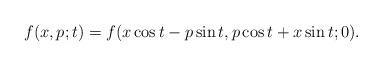
LaTeX: \begin{align*}f(x,p;t)=f(x \cos t - p \sin t, p \cos t + x \sin t ;0). \end{align*}